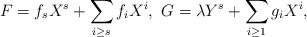
\begin{align*}F = f_sX^s + \sum_{i \geq s} f_i X^i, \ G = \lambda Y^s + \sum_{i \geq 1} g_i X^i,\end{align*}